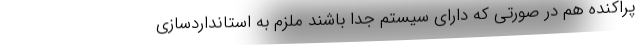
پراکنده هم در صورتی که دارای سیستم جدا باشند ملزم به استانداردسازی